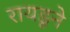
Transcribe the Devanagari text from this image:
रायडूने